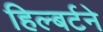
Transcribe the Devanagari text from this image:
हिल्बर्टने